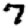
Digit: 7